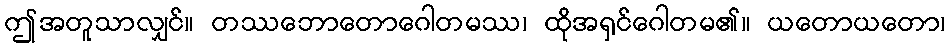
ဤအတူသာလျှင်။ တဿဘောတောဂေါတမဿ၊ ထိုအရှင်ဂေါတမ၏။ ယတောယတော၊